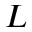
L